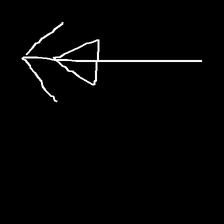
Glyph: pull